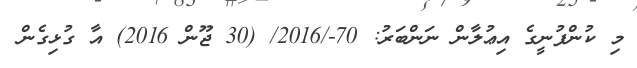
މި ކުންފުނީގެ އިޢުލާން ނަންބަރު: 70-/2016/ (30 ޖޫން 2016) އާ ގުޅިގެން